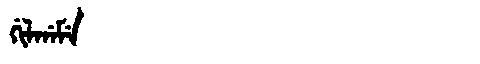
Manchu: ᡤᡳᠯᡤᠠᠮᡝ
Romanization: GILGAME